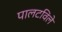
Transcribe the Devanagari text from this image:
पालटविले